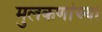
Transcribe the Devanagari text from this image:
मुलकणांच्या